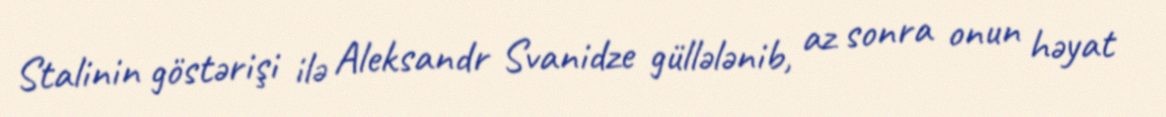
Stalinin göstərişi ilə Aleksandr Svanidze güllələnib, az sonra onun həyat